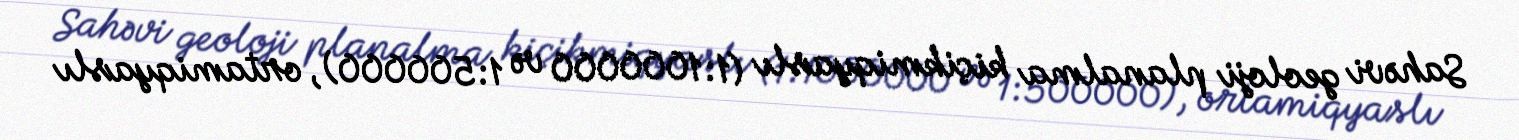
Sahəvi geoloji planalma kiçikmiqyaslı (1:1000000 və 1:500000), ortamiqyaslı